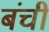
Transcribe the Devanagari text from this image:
बंची